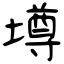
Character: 壿